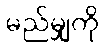
မည်မျှကို